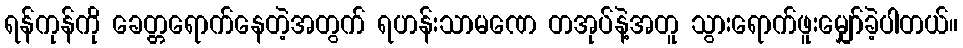
ရန်ကုန်ကို ခေတ္တရောက်နေတဲ့အတွက် ရဟန်းသာမဏေ တအုပ်နဲ့အတူ သွားရောက်ဖူးမျှော်ခဲ့ပါတယ်။